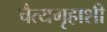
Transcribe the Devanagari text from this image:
चैत्यगृहाशी